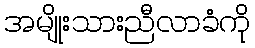
အမျိုးသားညီလာခံကို